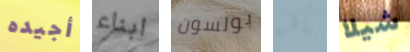
أجيده ابناء بولسون باطن شيلا